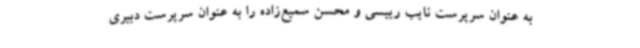
به عنوان سرپرست نایب رییسی و محسن سمیع‌زاده را به عنوان سرپرست دبیری